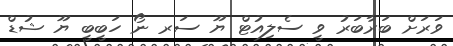
ވަރަށް ބަރާބަރު ވީ ސެލިއުޓް ޔޫ ސަރ ނޯ ހަބީބީ ޔޫ ޝުޑް